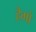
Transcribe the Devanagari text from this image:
हैगो